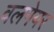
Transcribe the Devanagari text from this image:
वलगेयर